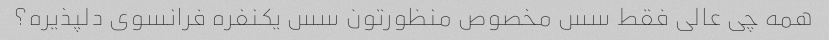
همه چی عالی فقط سس مخصوص منظورتون سس یکنفره فرانسوی دلپذیره؟